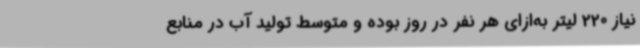
نیاز 220 لیتر به‌ازای هر نفر در روز بوده و متوسط تولید آب در منابع